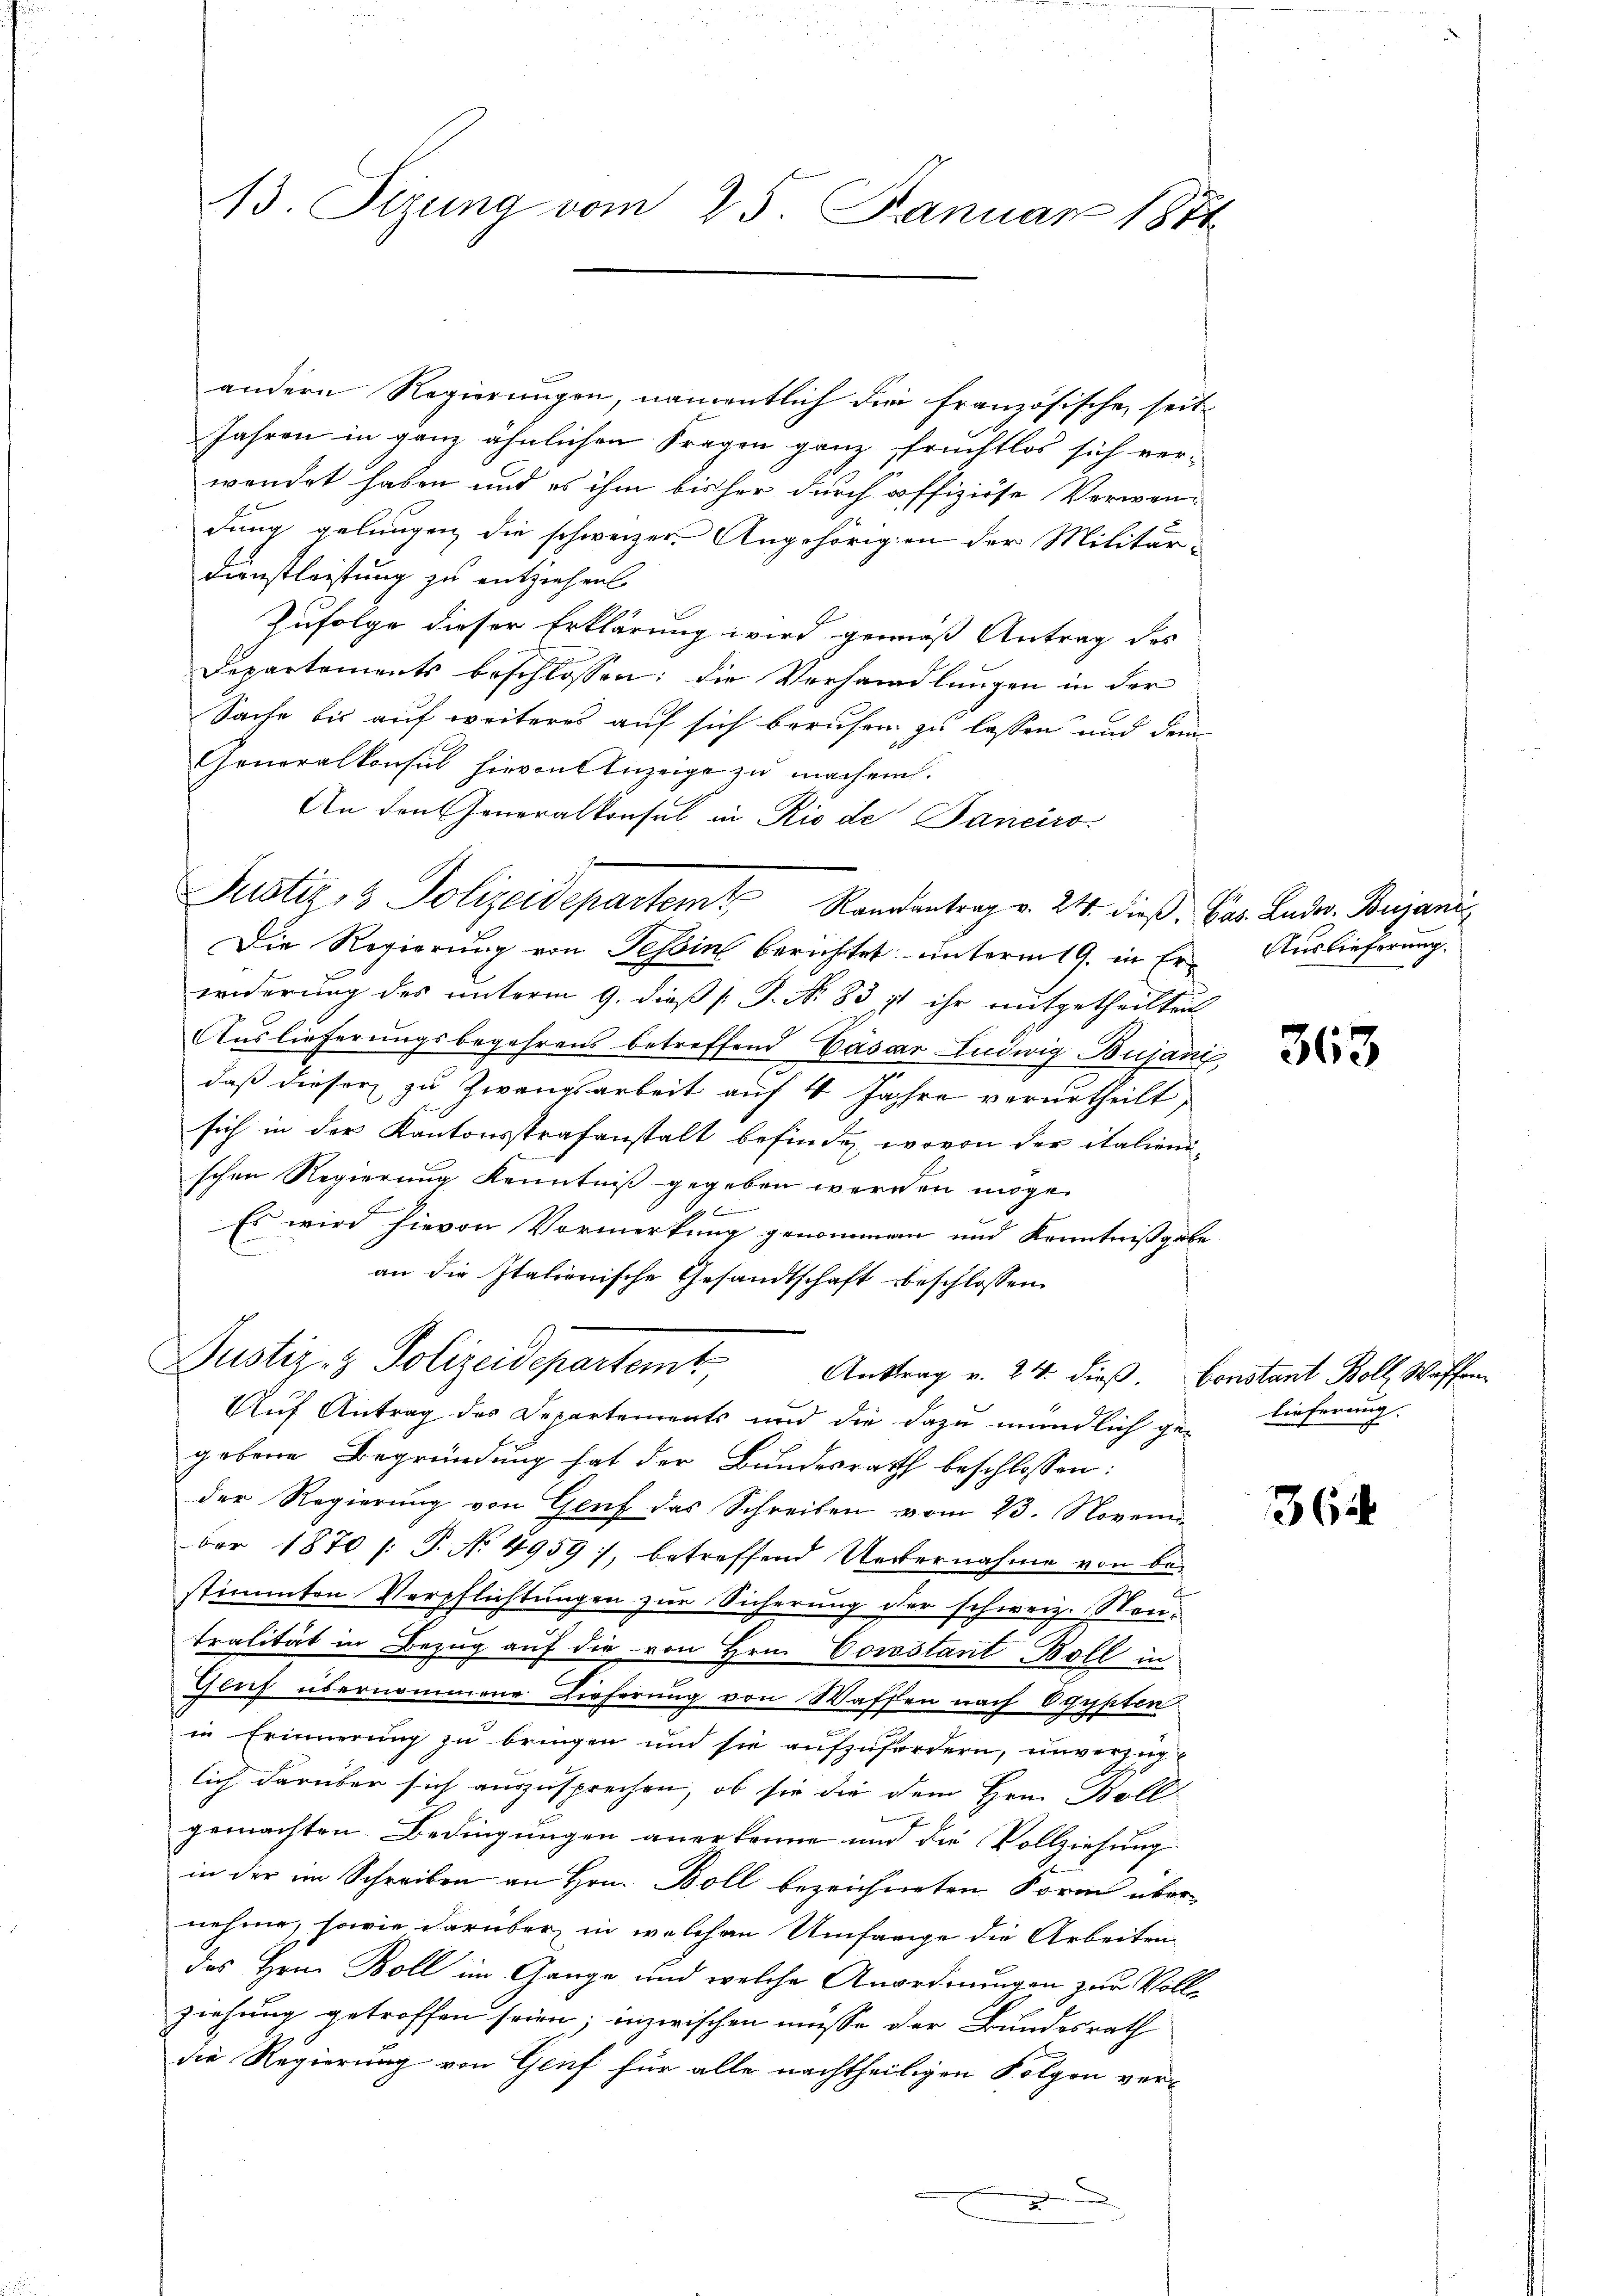
13. Sizung vom 25. Januar 1871

Justiz- & Polizeidepartem Randantrag v. 24. dieß, Bar. Luder Buzani

andern Regierungen, namentlich die französische, seit
Jahren in ganz ähnlichen Fragen ganz fruchtlos sich ver-
wendet haben und es ihm bisher durch offiziese Verwen-
dung gelungen die schweizer Angehörigen der Militär-
Dünstleistung zu entziehen.
Zufolge dieser Erklärung wird gemäß Antrag des
Departements beschlossen: die Verhandlungen in der
Sache bis auf weiteres auf sich beruhen zu lassen und dem
Generalkonsul hievon Anzeige zu machen.
An den Generalkonsul in Rio de Janeiro
Die Regierung von Tessin berichtet unterm 19. in Er- Auslieferung.
wriderung des unterm 9. dieß [ P. No. 83 it ihr aufgetheilten
Auslieferungsbegehrens betreffend Cäsar Ludwig Bujanz,
daß dieser zu Zwangsarbeit auf 4 Jahre verurtheilt,
sich in der Kantonsstrafanstalt befinden, wovon der italienischen Regierung Kenntniß gegeben werden möge.

Es wird hievon Vormerkung genommen und Kenntnißgabe
an die Italienische Gesandtschaft beschlossen:
Justiz- & Polizeidepartem Auftrag v. 24. dieß. Fenstant Boll, Waffen
Auf Antrag des Departements und die dazu mündlich ge- Lieferung.
gebene Begründung hat der Bundesrath beschlossen:
der Regierung von Genf das Schreiben vom 23. Novem
ber 1870 /: P. No 4959), betreffend Uebernahme von be-
stimmten Verpflichtungen zur Sicherung der schweiz. Neutralität in Bezug auf die von Hrn. Cosostant Boll in
.
Glich übernommene Lieferung von Waffen nach Ogypten
in Erinnerung zu bringen und sie aufzufordern, unverzugt
lich darüber sich auszusprechen, ob sie die dem Hrn. Boll
gemachten Bedingungen anerkenne und die Vollziehung
in der im Schreiben an Hrn. Boll bezeichneten Form übernehme, sowie darüber, in welchem Umfarige die Arbeiten
des Hrn. Boll im Gange und welche Anordnungen zur Vollziehung getroffen seien; inzwischen müsse der Bundesrath
die Regierung von Genf für alle nachtheiligen Folgen ver-

363

364